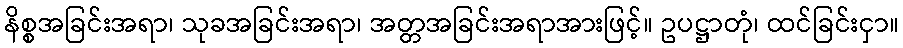
နိစ္စအခြင်းအရာ၊ သုခအခြင်းအရာ၊ အတ္တအခြင်းအရာအားဖြင့်။ ဥပဋ္ဌာတုံ၊ ထင်ခြင်းငှာ။